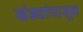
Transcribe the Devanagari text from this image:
खेड्यांपासून